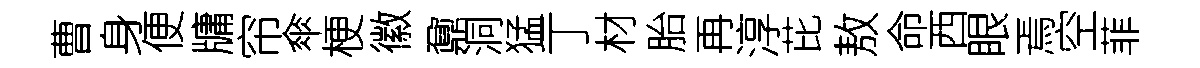
曹身便牗帘傘梗徽鼐洞猛丁材胎再淳芘敖命西眼焉空菲